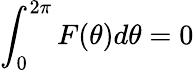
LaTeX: \int_{0}^{2\pi}F(\theta)d\theta=0